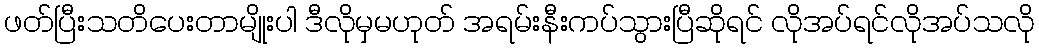
ဖတ်ပြီးသတိပေးတာမျိုးပါ ဒီလိုမှမဟုတ် အရမ်းနီးကပ်သွားပြီဆိုရင် လိုအပ်ရင်လိုအပ်သလို